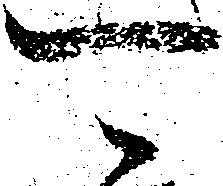
可